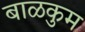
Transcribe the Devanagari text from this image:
बाळकुम